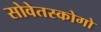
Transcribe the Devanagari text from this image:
सोवेतस्कोगो